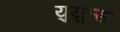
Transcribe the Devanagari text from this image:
युयुत्सा